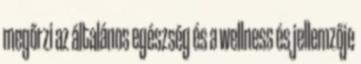
megőrzi az általános egészség és a wellness és jellemzője